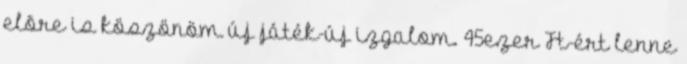
elõre is köszönöm új játék-új izgalom. 45ezer Ft-ért lenne